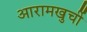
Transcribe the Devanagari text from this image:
आरामखुर्ची